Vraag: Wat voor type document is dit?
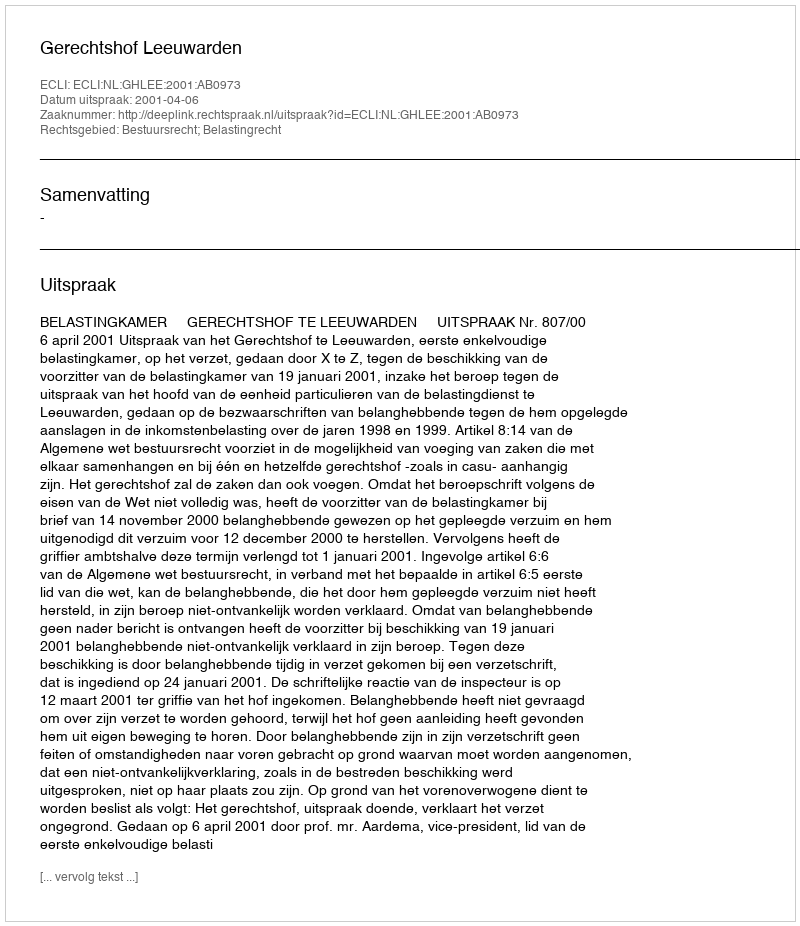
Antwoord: Uitspraak